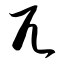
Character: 兀